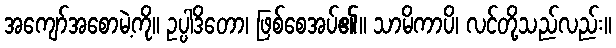
အကျော်အစောမဲ့ကို။ ဥပ္ပါဒိတော၊ ဖြစ်စေအပ်၏။ သာမိကာပိ၊ လင်တို့သည်လည်း။